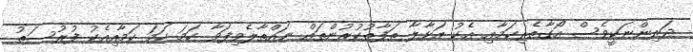
ދަރިންނަކީވެސް އޯގާތެރިކަމާއި އެކު އަޅާލާ ތަފާތުކުރުންތައް ނައްތާލެވިފަވާ ހަމަ ހަމަ ކަމާއިއެކު ފުރުސަތު